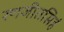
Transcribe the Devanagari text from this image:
रणजीतसिहं